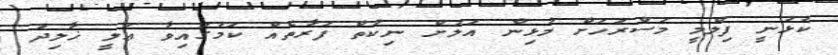
ކުޅުނީ ފިލްމީ މަސްރަހަށް މުޅިން އަލަށް ނިކުތް ފަރާތެއް ކަމުގައިވާ ޢަލީ ޚާލިދު